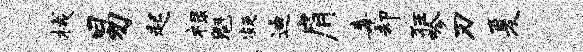
械易起禄魁凝迪肩毒却狂吟刃夏